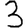
Digit: 3